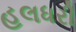
હલધરી